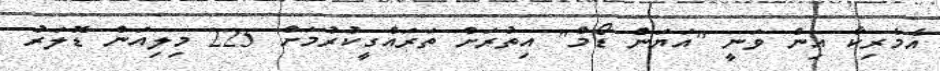
އެމެރިކާ އިން ވަނީ "އަޔަން ޑޯމް" އިތުރަށް ތަރައްގީކުރުމަށް 225 މިލިއަން ޑޮލަރު